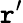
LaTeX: \mathtt{r}^{\prime}